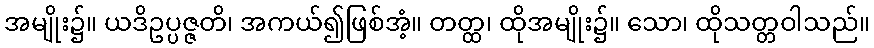
အမျိုး၌။ ယဒိဥပ္ပဇ္ဇတိ၊ အကယ်၍ဖြစ်အံ့။ တတ္ထ၊ ထိုအမျိုး၌။ သော၊ ထိုသတ္တဝါသည်။